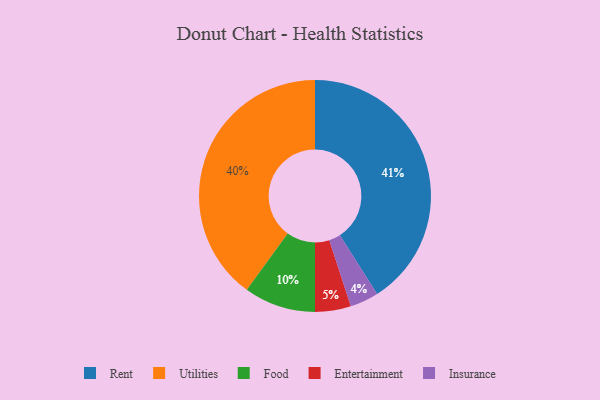
{"axis": {"x": "Category", "y": "Percentage"}, "legend": ["Entertainment", "Food", "Insurance", "Rent", "Utilities"], "data": [{"x": "Food", "y": 10, "type": "Food"}, {"x": "Entertainment", "y": 5, "type": "Entertainment"}, {"x": "Utilities", "y": 40, "type": "Utilities"}, {"x": "Rent", "y": 41, "type": "Rent"}, {"x": "Insurance", "y": 4, "type": "Insurance"}]}